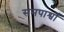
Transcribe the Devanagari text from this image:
समपार्श्वों